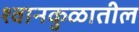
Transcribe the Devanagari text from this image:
श्वानकुळातील